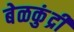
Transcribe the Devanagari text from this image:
बेळकुंद्री